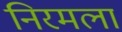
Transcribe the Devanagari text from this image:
निरमला